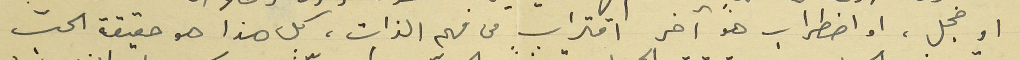
او خجل، او اضطراب هو آخر اقتراب ٍمن فهم الذات، كل هذا هو حقيقة الحبّ